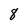
Character: 8